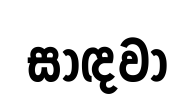
සාඳවා